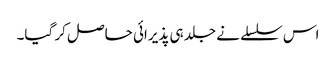
اس سلسلے نے جلد ہی پذیرائی حاصل کر گیا۔